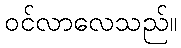
ဝင်လာလေသည်။